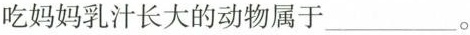
吃妈妈乳汁长大的动物属于___。